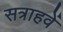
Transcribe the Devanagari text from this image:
सत्राहवें